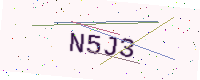
Text: N5J3